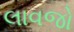
લાવજો